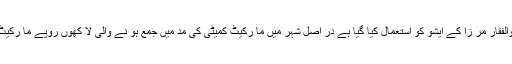
دوسری جا نب ذرائع کے مطا بق ہڑتال میں ذوالفقار مر زا کے ایشو کو استعمال کیا گیا ہے در اصل شہر میں ما رکیٹ کمیٹی کی مد میں جمع ہو نے والی لا کھوں روپے ما رکیٹ فیس ،چھپرا اور ریڑی ٹیکس کا تنا زع ہے ۔